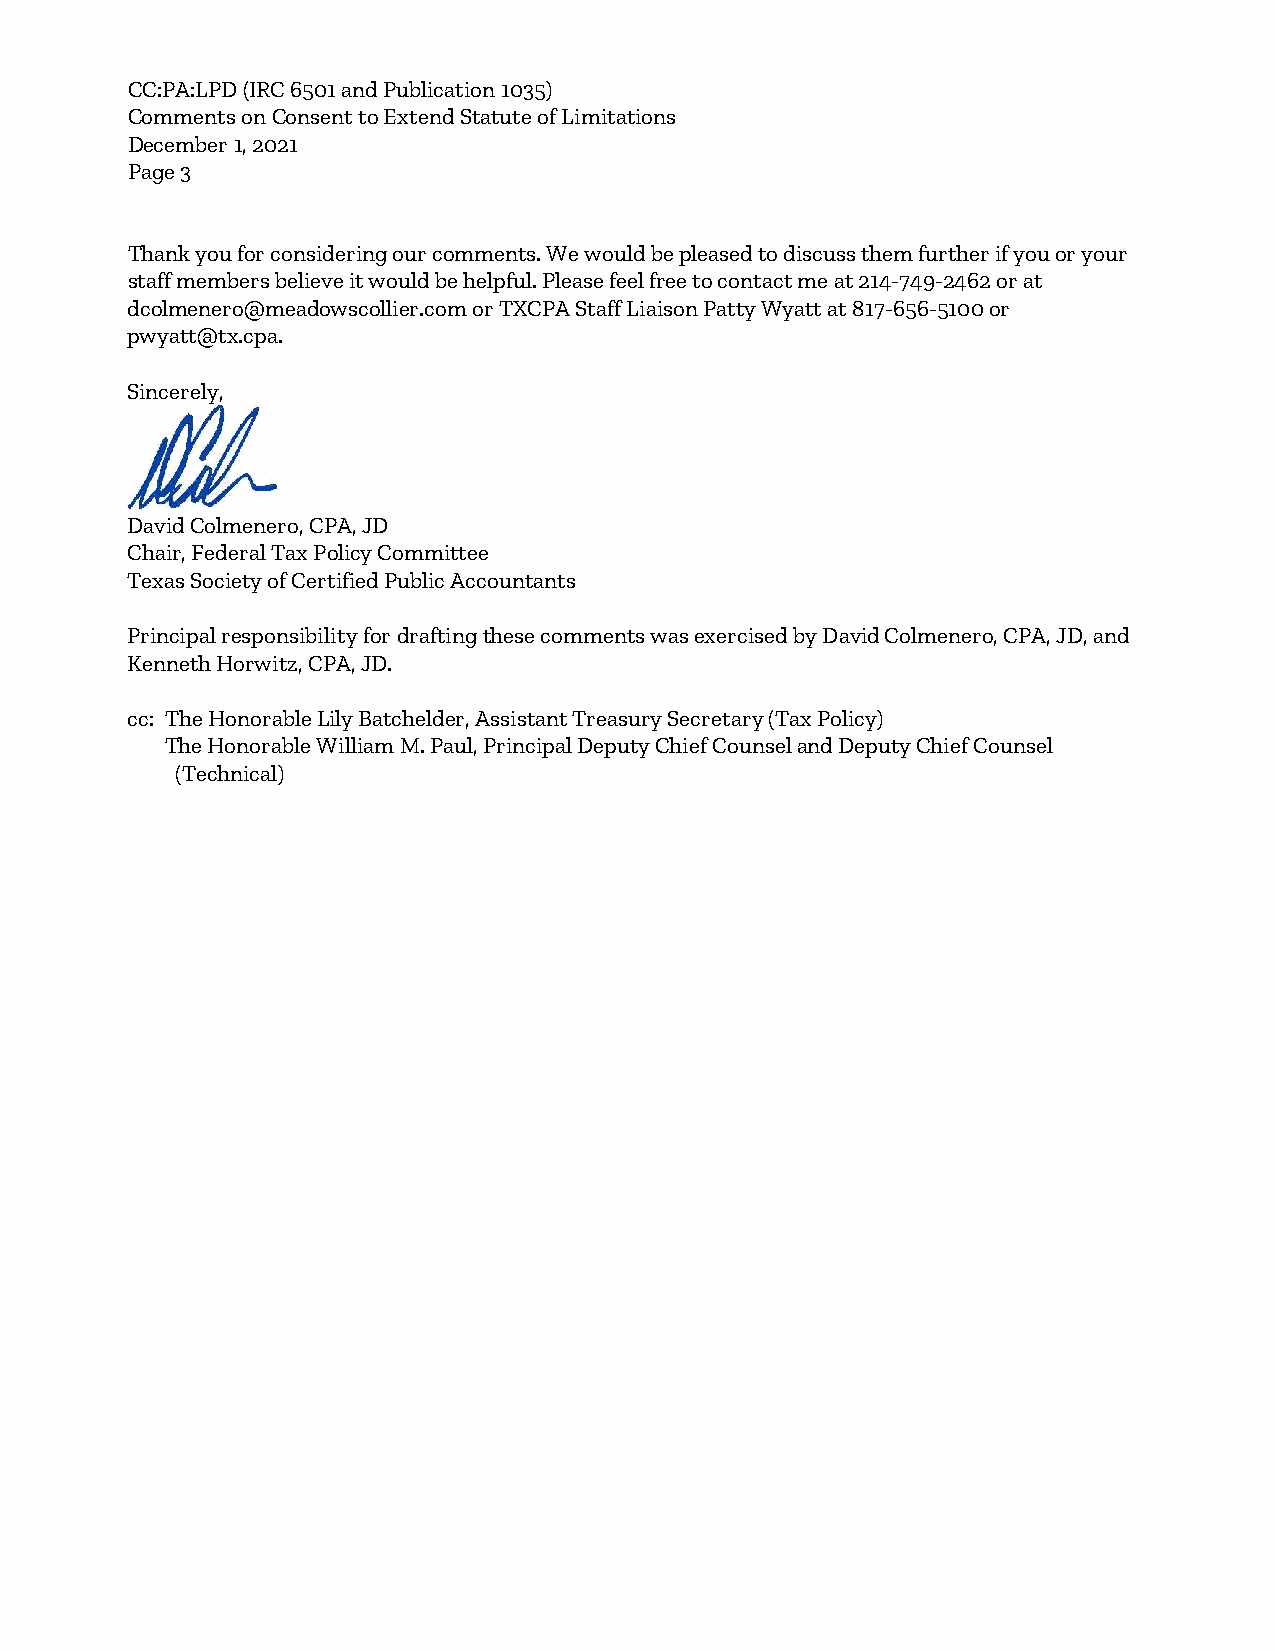
CC:PA:LPD (IRC 6501 and Publication 1035)
 Comments on Consent to Extend Statute of Limitations
 December 1, 2021
 Page 3
 Thank you for considering our comments. We would be pleased to discuss them further if you or your
 staff members believe it would be helpful. Please feel free to contact me at 214-749-2462 or at
 dcolmenero@meadowscollier.com or TXCPA Staff Liaison Patty Wyatt at 817-656-5100 or
 pwyatt@tx.cpa.
 Sincerely,
 David Colmenero, CPA, JD
 Chair, Federal Tax Policy Committee
 Texas Society of Certified Public Accountants
 Principal responsibility for drafting these comments was exercised by David Colmenero, CPA, JD, and
 Kenneth Horwitz, CPA, JD.
 cc: The Honorable Lily Batchelder, Assistant Treasury Secretary (Tax Policy)
 The Honorable William M. Paul, Principal Deputy Chief Counsel and Deputy Chief Counsel
 (Technical)